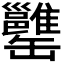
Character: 𦉥